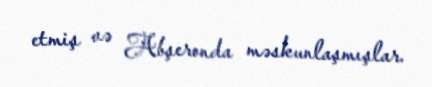
etmiş və Abşeronda məskunlaşmışlar.